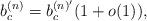
LaTeX: \begin{align*}b_c^{(n)}=b_c^{(n)'}(1+o(1)),\end{align*}